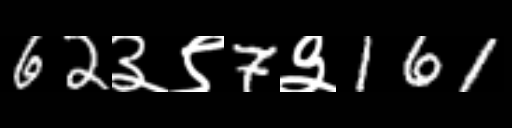
Text: 62३९7३161